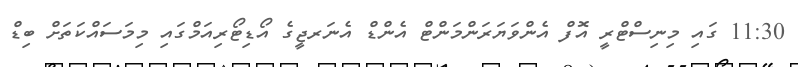
11:30 ގައި މިނިސްޓްރީ އޮފް އެންވަޔަރަންމަންޓް އެންޑް އެނަރޖީގެ އޯޑިޓޯރިއަމްގައި މިމަސައްކަތަށް ބިޑް